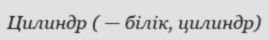
Цилиндр ( — білік, цилиндр)